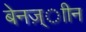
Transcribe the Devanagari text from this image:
बेनज़्ाीन